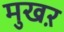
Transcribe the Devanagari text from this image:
मुखऱ